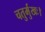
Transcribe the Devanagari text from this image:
चतुर्मुखः।